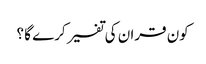
کون قران کی تفسیر کرے گا ؟